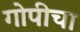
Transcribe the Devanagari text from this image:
गोपीचा